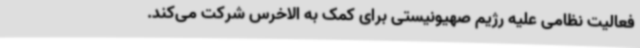
فعالیت نظامی علیه رژیم صهیونیستی برای کمک به الاخرس شرکت می‌کند.